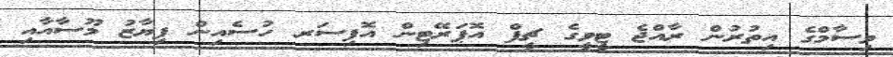
ވިސާމްގެ އިތުރުން ރާއްޖެ ޓީވީގެ ޗީފް އޮޕަރޭޓިން އޮފިސަރ ހުސެއިން ފިޔާޒު މޫސާއާއި